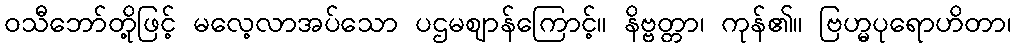
ဝသီဘော်တို့ဖြင့် မလေ့လာအပ်သော ပဌမဈာန်ကြောင့်။ နိဗ္ဗတ္တာ၊ ကုန်၏။ ဗြဟ္မပုရောဟိတာ၊